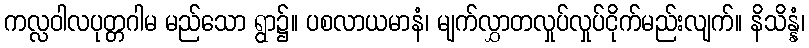
ကလ္လဝါလပုတ္တဂါမ မည်သော ရွာ၌။ ပစလာယမာနံ၊ မျက်လွှာတလှုပ်လှုပ်ငိုက်မည်းလျက်။ နိသိန္နံ၊